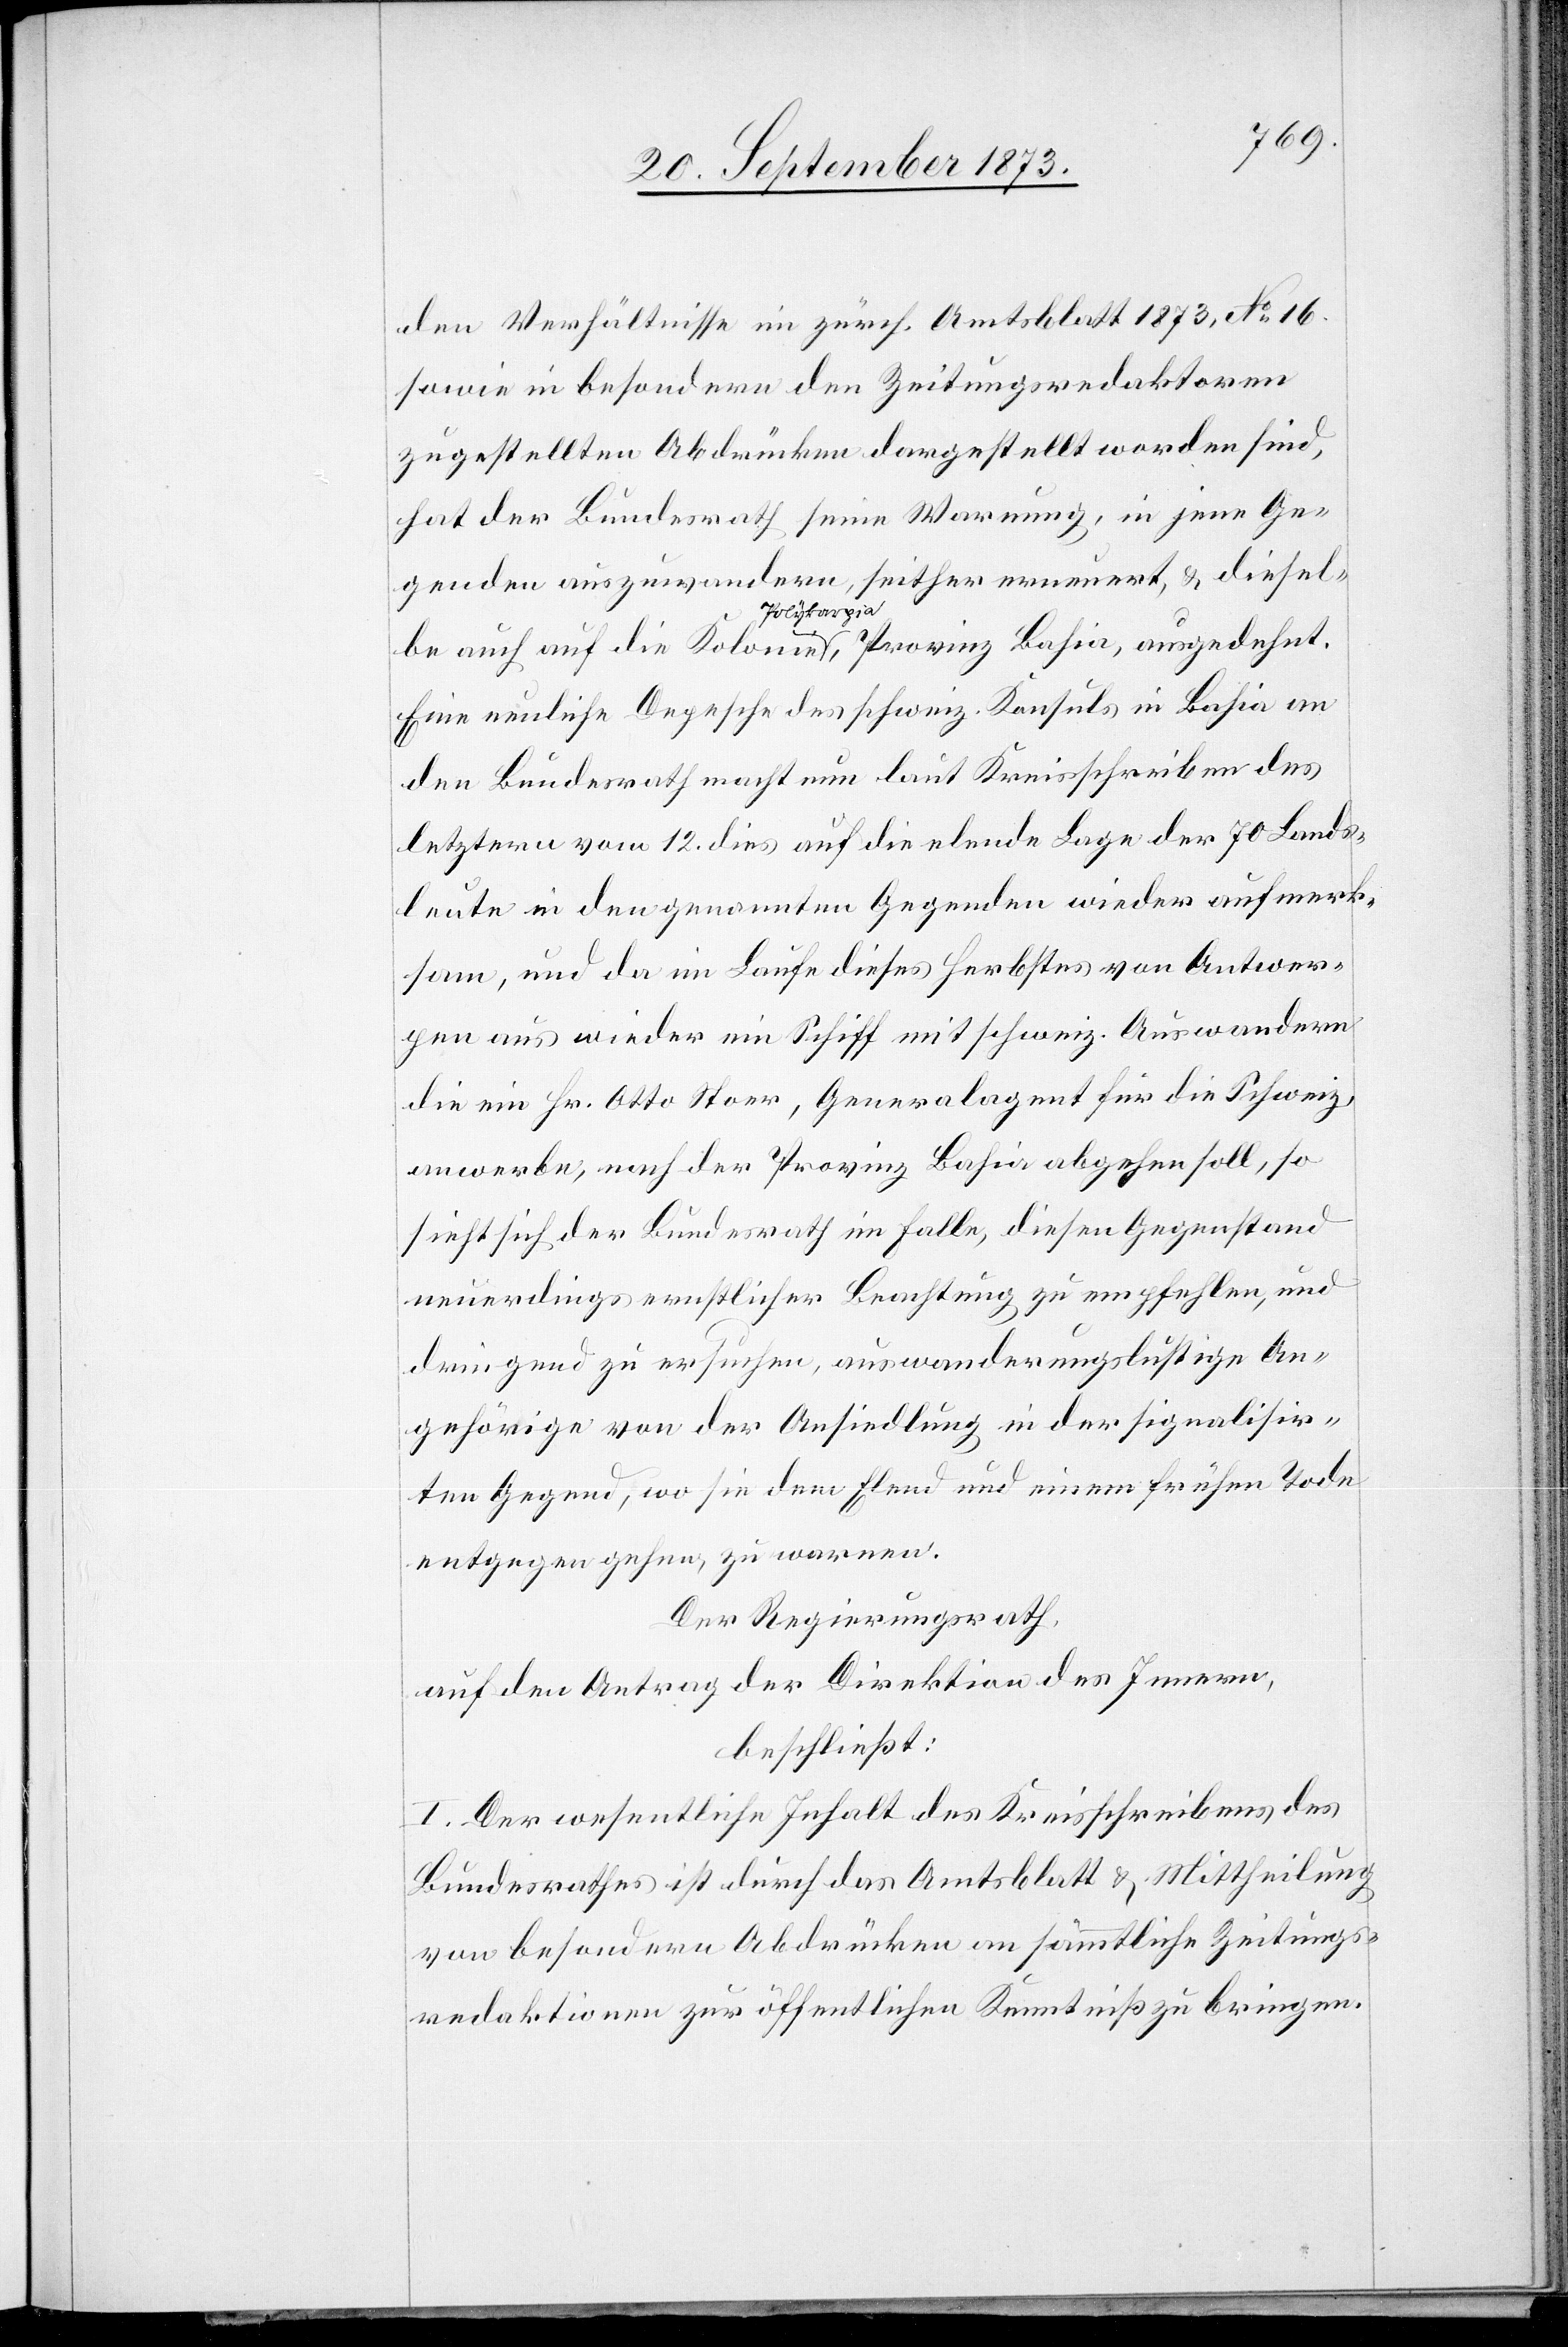
den Verhältnisse im zürch. Amtsblatt 1873, No 16.
sowie in besondern den Zeitungsredaktoren
zugestellten Abdrücken dargestellt worden sind,
hat der Bundesrath seine Warnung, in jene Ge¬
genden auszuwandern, seither erneuert, & diesel¬
be auch auf die Kolonie Polykarpia, Provinz Bahia, ausgedehnt.
Eine neuliche Depesche des schweiz. Konsuls in Bahia an
den Bundesrath macht nun laut Kreisschreiben des
letztern vom 12. dies auf die elende Lage der 70 Lands¬
leute in den genannten Gegenden wieder aufmerk¬
sam, und da im Laufe dieses Herbstes von Antwer¬
pen aus wieder ein Schiff mit schweiz. Auswandern
die ein Hr. Otto Stoer, Generalagent für die Schweiz,
anwerbe, nach der Provinz Bahia abgehen soll, so
sieht sich der Bundesrath im Falle, diesen Gegenstand
neuerdings ernstlicher Beachtung zu empfehlen, und
dringend zu ersuchen, auswanderungslustige An¬
gehörige von der Ansiedlung in der signalisir¬
ten Gegend, wo sie dem Elend und einem frühen Tod
entgegen gehen, zu warnen.
Der Regierungsrath,
auf den Antrag der Direktion des Innern,
beschließt:
I. Der wesentliche Inhalt des Kreisschreibens des
Bundesrathes ist durch das Amtsblatt & Mittheilung
von besondern Abdrücken an sämmtliche Zeitungs¬
redaktionen zur öffentlichen Kenntniß zu bringen.